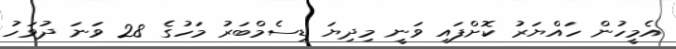
އެމީހުން ހައްޔަރު ކޮށްފައި ވަނީ މިދިޔަ ޑިސެމްބަރު މަހުގެ 28 ވަނަ ދުވަހު